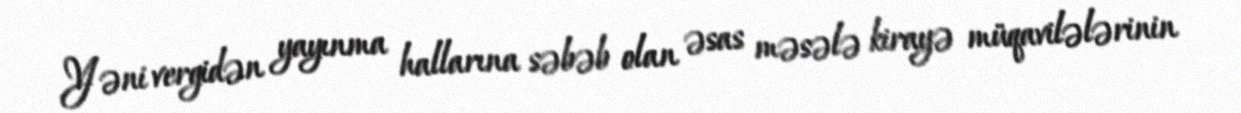
Yəni vergidən yayınma hallarına səbəb olan əsas məsələ kirayə müqavilələrinin